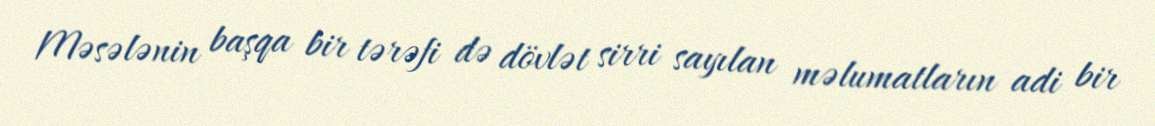
Məsələnin başqa bir tərəfi də dövlət sirri sayılan məlumatların adi bir